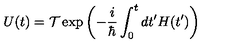
U ( t ) = { \cal T } \exp { \left( - \frac { i } { \hbar } \int _ { 0 } ^ { t } d t ^ { \prime } H ( t ^ { \prime } ) \right) }